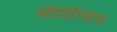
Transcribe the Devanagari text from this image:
सीजेरियाना